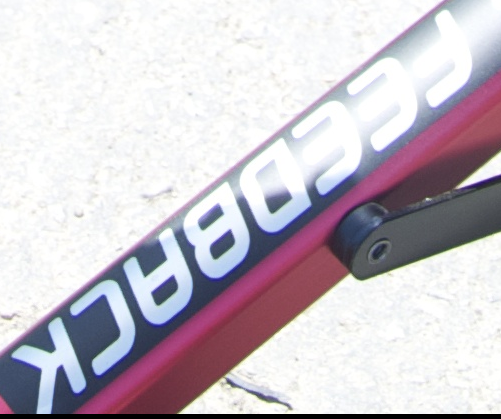
FCCDBACK